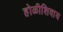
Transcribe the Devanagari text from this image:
होळीशिवाय